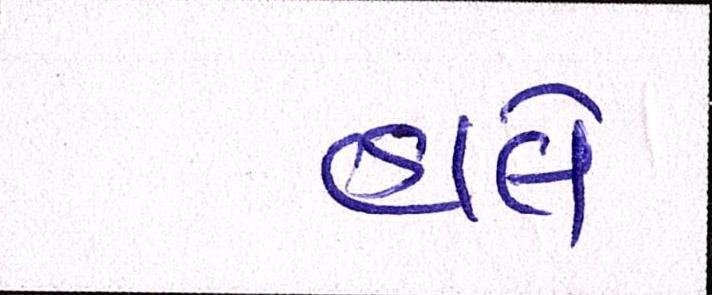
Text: હાલે